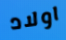
اولاد